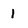
Character: 1